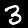
Digit: 3